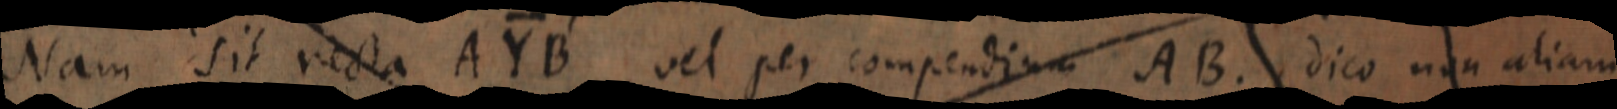
Nam sit recta AYB vel per compendium AB. dico non aliam